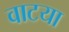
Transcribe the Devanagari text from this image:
वाटया